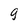
Character: 9